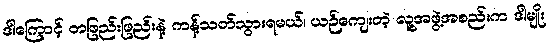
ဒါကြောင့် တဖြည်းဖြည်းနဲ့ ကန့်သတ်သွားရမယ်၊ ယဉ်ကျေးတဲ့ လူ့အဖွဲ့အစည်းက ဒါမျိုး